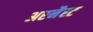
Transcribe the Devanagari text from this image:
अरनैस्ट